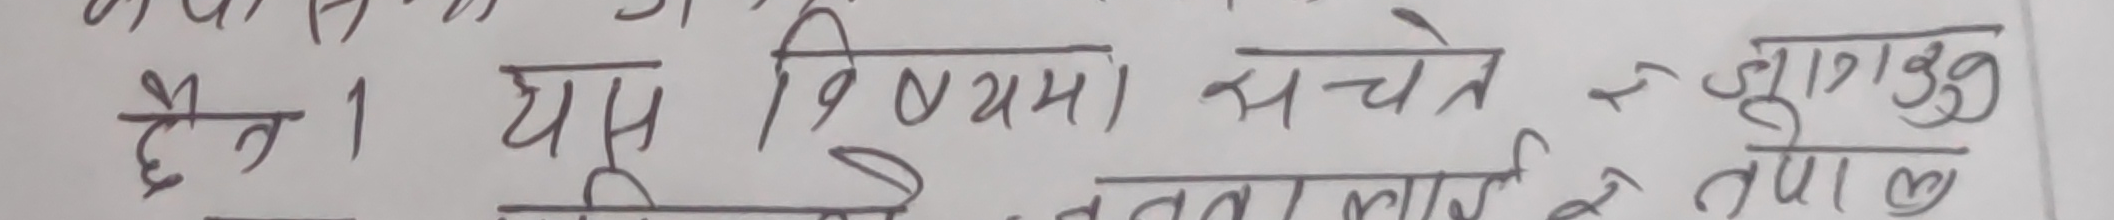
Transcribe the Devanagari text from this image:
छैन । यस बिषयमा सचेत र जुगुकृत